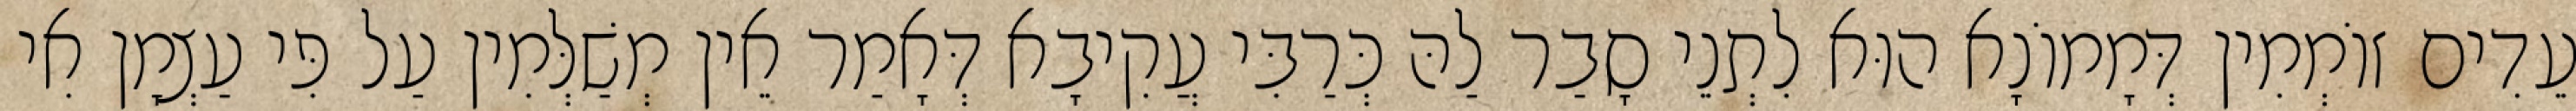
עֵדִים זוֹמְמִין דְּמָמוֹנָא הוּא לִתְנֵי סָבַר לַהּ כְּרַבִּי עֲקִיבָא דְּאָמַר אֵין מְשַׁלְּמִין עַל פִּי עַצְמָן אִי